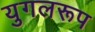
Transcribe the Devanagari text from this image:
युगलरूप